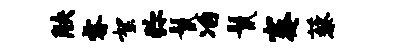
觖睿絮弥鬣冶鬣蹇藜